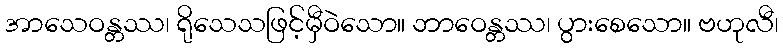
အာသေဝန္တဿ၊ ရိုသေသဖြင့်မှီဝဲသော။ ဘာဝေန္တဿ၊ ပွားစေသော။ ဗဟုလီ၊